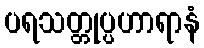
ပရသတ္တုပ္ပဟာရာနံ